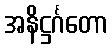
အနိဋ္ဌင်္ဂတော